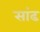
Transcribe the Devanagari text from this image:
सांढ